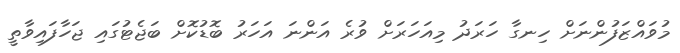
މުވައްޒަފުންނަށް ހިނގާ ހަރަދު މިއަހަރަށް ވުރެ އަންނަ އަހަރު ބޮޑުކޮށް ބަޖެޓުގައި ޖަހާފައިވާތީ